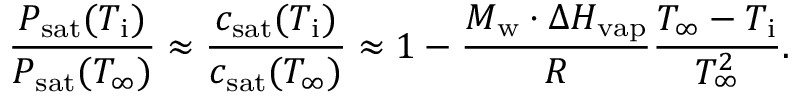
\frac { P _ { \mathrm { s a t } } ( T _ { \mathrm { i } } ) } { P _ { \mathrm { s a t } } ( T _ { \infty } ) } \approx \frac { c _ { \mathrm { s a t } } ( T _ { \mathrm { i } } ) } { c _ { \mathrm { s a t } } ( T _ { \infty } ) } \approx 1 - \frac { M _ { \mathrm { w } } \cdot \Delta H _ { \mathrm { v a p } } } { { \cal R } } \frac { T _ { \infty } - T _ { \mathrm { i } } } { T _ { \infty } ^ { 2 } } .